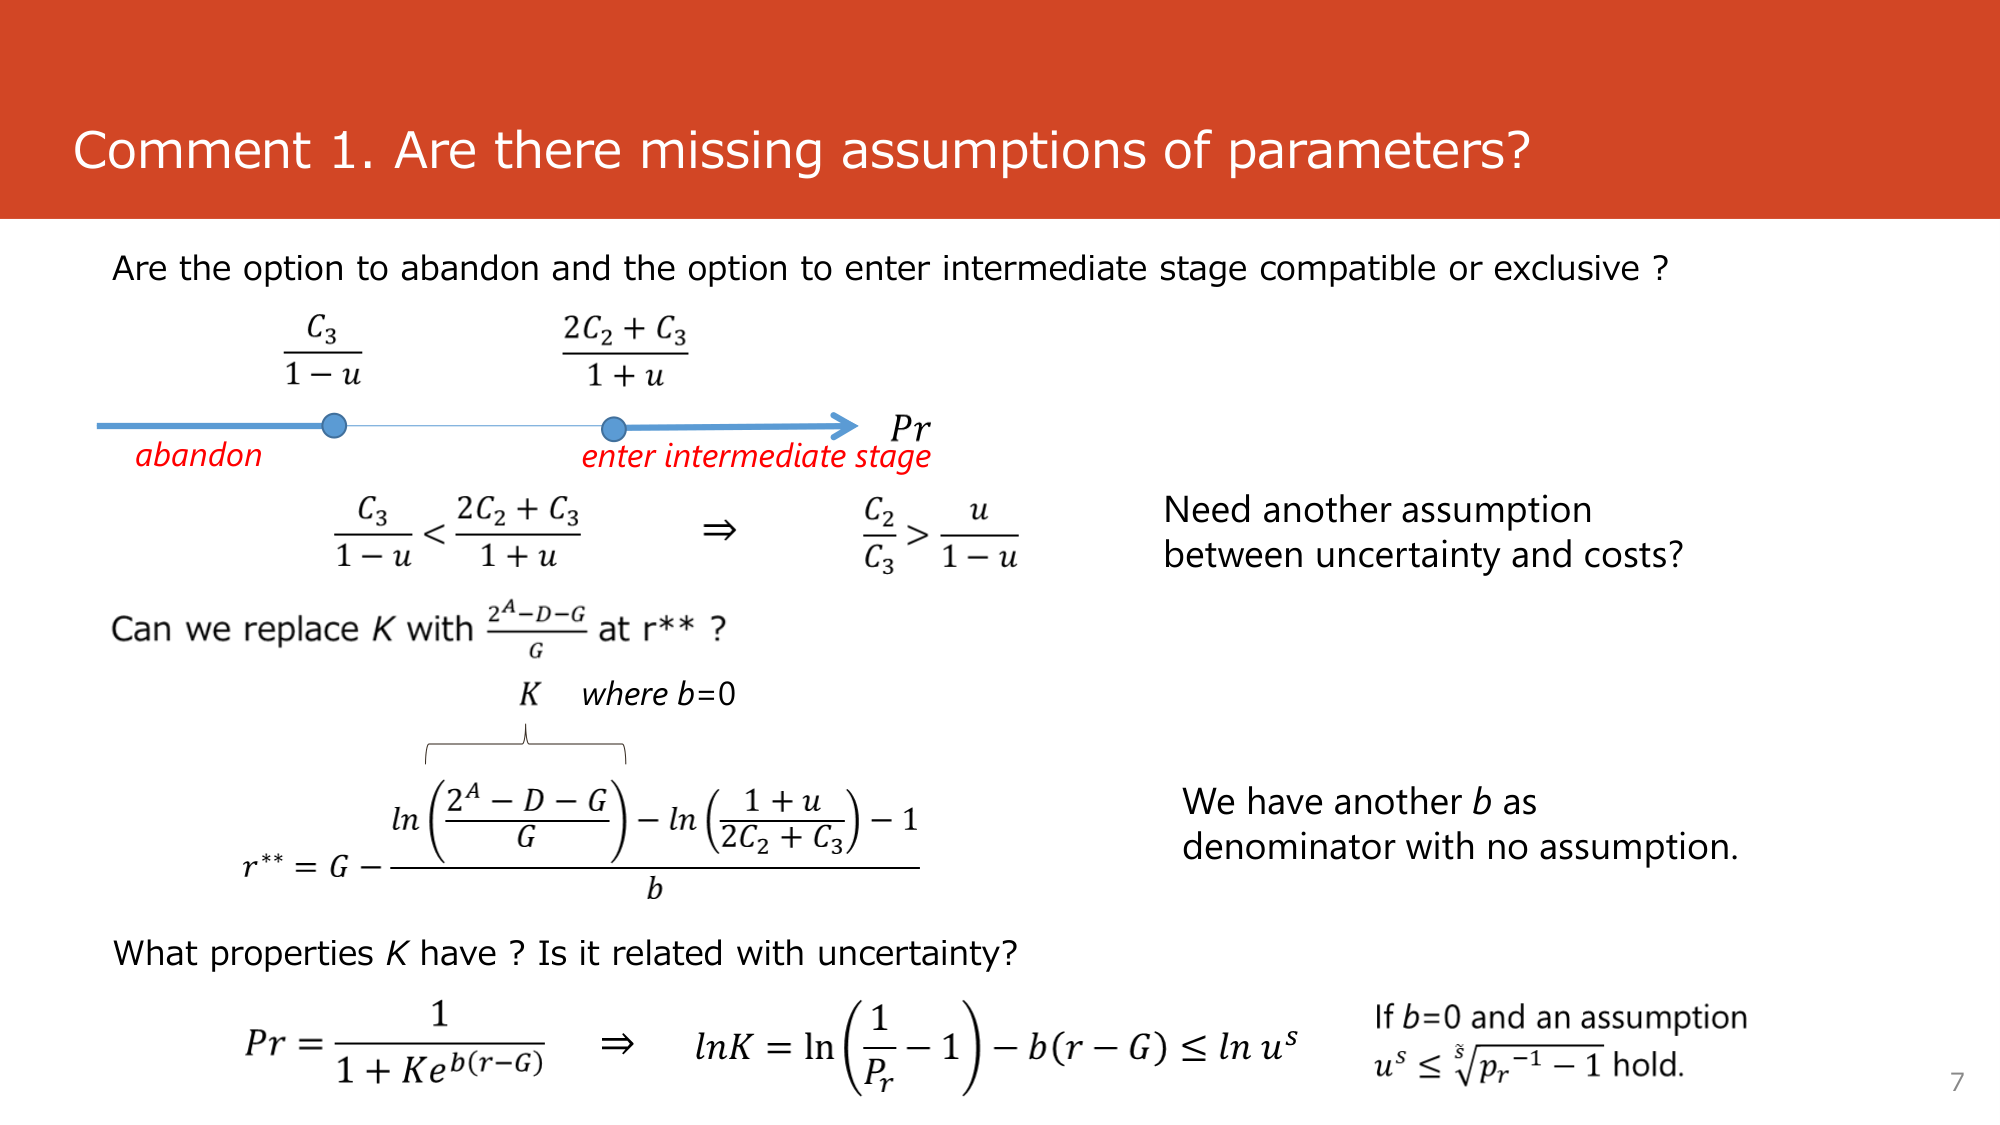
Comment 1. Are there missing assumptions of parameters?

Are the option to abandon and the option to enter intermediate stage compatible or exclusive?

C₃ / (1 - u)                      (2C₂ + C₃) / (1 + u)
abandon                          enter intermediate stage
→ Pr

C₃ / (1 - u) < (2C₂ + C₃) / (1 + u)   ⇒   C₂ / C₃ > u / (1 - u)

Need another assumption between uncertainty and costs?

Can we replace K with (2ᴬ⁻ᴰ⁻ᴳ / G) at r**?

K where b=0

r** = G - [ ln( (2ᴬ - D - G) / G ) - ln( (1 + u) / (2C₂ + C₃) ) - 1 ] / b

We have another b as denominator with no assumption.

What properties K have? Is it related with uncertainty?

Pr = 1 / (1 + K e^{b(r - G)})   ⇒   lnK = ln(1/Pr - 1) - b(r - G) ≤ ln uˢ

If b=0 and an assumption uˢ ≤ √(pᵣ⁻¹ - 1) hold.

7